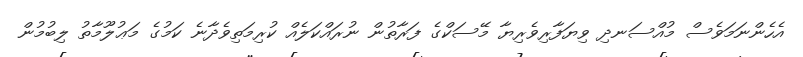
އެހެންނަމަވެސް މުއްސަނދި ވިޔަފާރިވެރިޔާ މޭސަކްގެ ފަރާތުން ނުރައްކަލެއް ކުރިމަތިވެދާނެ ކަމުގެ މަޢުލޫމާތު ލިބުމުން